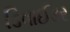
ડિવાઈડર